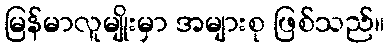
မြန်မာလူမျိုးမှာ အများစု ဖြစ်သည်။